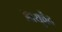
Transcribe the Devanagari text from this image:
आयुर्वेंद